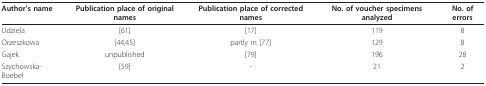
| Author's name | Publication place of original names | Publication place of corrected names | No. of voucher specimens analyzed | No. of errors |
 | --- | --- | --- | --- | --- |
 | Udziela | [61] | [17] | 119 | 8 |
 | Orzeszkowa | [44,45] | partly in [77] | 129 | 8 |
 | Gajek | unpublished | [79] | 196 | 28 |
 | Szychowska-Boebel | [59] | - | 21 | 2 |